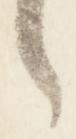
之